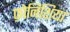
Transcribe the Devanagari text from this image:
फ़ोनिशिया